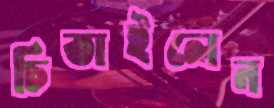
চিতাইলেন